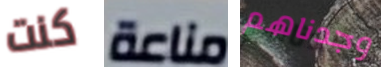
كنت مناعة وجدناهم